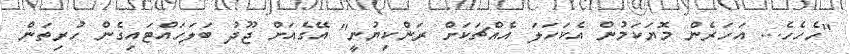
"ހެހެހެ... އަހަރެން މޮޔަކަމުން އެކަހަލަ އެއްޗަކަށް ރަންކިޔުނީ" އޭގެއަށް ޖޫދު ބަލަހައްޓައިގެން ހުރިތަން